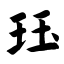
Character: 珏